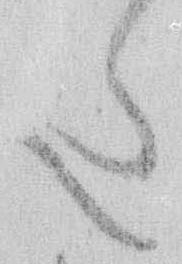
た